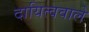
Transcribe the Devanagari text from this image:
दायित्ववाले